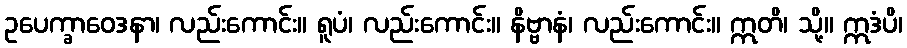
ဥပေက္ခာဝေဒနာ၊ လည်းကောင်း။ ရူပံ၊ လည်းကောင်း။ နိဗ္ဗာနံ၊ လည်းကောင်း။ ဣတိ၊ သို့။ ဣဒံပိ၊